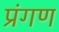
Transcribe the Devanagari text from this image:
प्रंगण